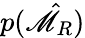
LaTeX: p(\hat{\mathscr{M}}_{R})